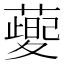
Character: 𦾪